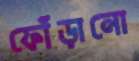
ফোঁড়ানো